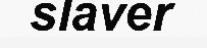
slaver